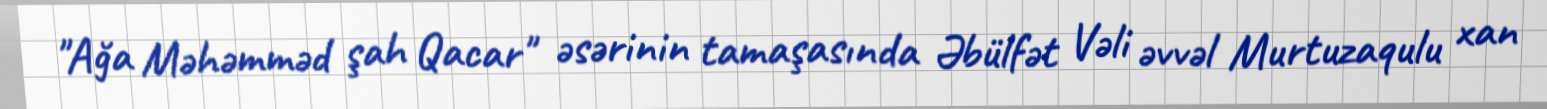
"Ağa Məhəmməd şah Qacar" əsərinin tamaşasında Əbülfət Vəli əvvəl Murtuzaqulu xan